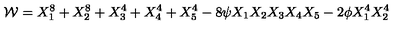
{ \cal W } = X _ { 1 } ^ { 8 } + X _ { 2 } ^ { 8 } + X _ { 3 } ^ { 4 } + X _ { 4 } ^ { 4 } + X _ { 5 } ^ { 4 } - 8 \psi X _ { 1 } X _ { 2 } X _ { 3 } X _ { 4 } X _ { 5 } - 2 \phi X _ { 1 } ^ { 4 } X _ { 2 } ^ { 4 }